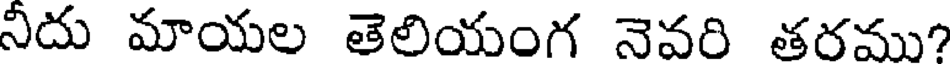
నీదు మాయల తెలియంగ నెవరి తరము?